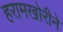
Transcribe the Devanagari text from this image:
हरामखोरीने